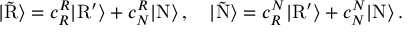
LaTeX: | \tilde { \mathrm { R } } \rangle = c _ { R } ^ { R } | \mathrm { R } ^ { \prime } \rangle + c _ { N } ^ { R } | \mathrm { N } \rangle \, , \quad | \tilde { \mathrm { N } } \rangle = c _ { R } ^ { N } | \mathrm { R } ^ { \prime } \rangle + c _ { N } ^ { N } | \mathrm { N } \rangle \, .